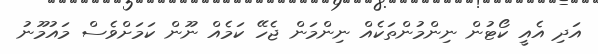
އަދި އެއީ ކޯޓުން ނިންމުންތަކެއް ނިންމަން ޖެހޭ ކަމެއް ނޫން ކަމަށްވެސް މައުމޫނު